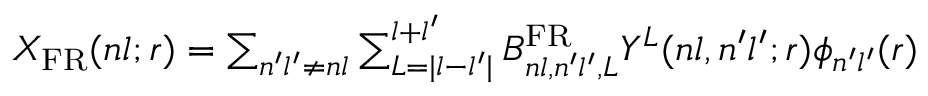
\begin{array} { r } { X _ { \mathrm { F R } } ( n l ; r ) = \sum _ { n ^ { \prime } l ^ { \prime } \neq n l } \sum _ { L = | l - l ^ { \prime } | } ^ { l + l ^ { \prime } } B _ { n l , n ^ { \prime } l ^ { \prime } , L } ^ { \mathrm { F R } } Y ^ { L } ( n l , n ^ { \prime } l ^ { \prime } ; r ) \phi _ { n ^ { \prime } l ^ { \prime } } ( r ) } \end{array}